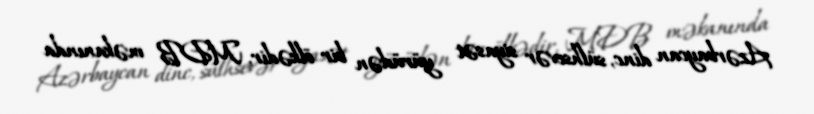
Azərbaycan dinc, sülhsevər siyasət yürüdən bir ölkədir, MDB məkanında